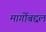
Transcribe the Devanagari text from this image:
मार्गोबद्दल